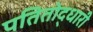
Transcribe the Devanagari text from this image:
पतितोद्धारी